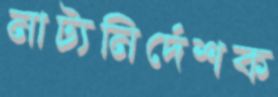
নাট্যনির্দেশক